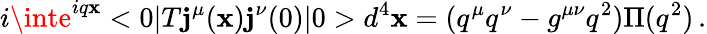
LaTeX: i\inte^{iq\mathbf{x}}<0|T\mathbf{j}^{\mu}(\mathbf{x})\mathbf{j}^{\nu}(0)|0>d^{4}\mathbf{x}=(q^{\mu}q^{\nu}-g^{\mu\nu}q^{2})\Pi(q^{2})\, .